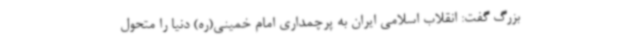
بزرگ گفت: انقلاب اسلامی ایران به پرچمداری امام خمینی(ره) دنیا را متحول